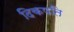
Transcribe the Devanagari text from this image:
दिकपति